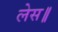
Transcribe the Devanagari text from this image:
लेस॥